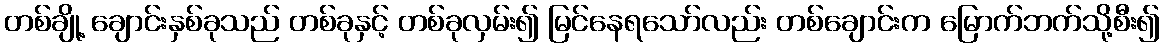
တစ်ချို့ ချောင်းနှစ်ခုသည် တစ်ခုနှင့် တစ်ခုလှမ်း၍ မြင်နေရသော်လည်း တစ်ချောင်းက မြောက်ဘက်သို့စီး၍